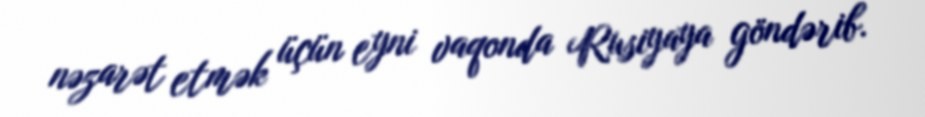
nəzarət etmək üçün eyni vaqonda Rusiyaya göndərib.